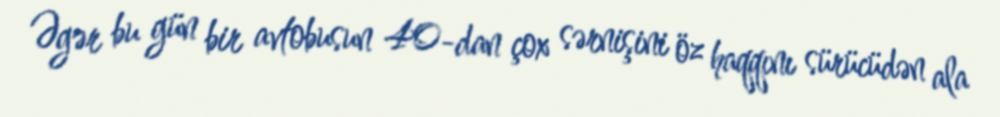
Əgər bu gün bir avtobusun 40-dan çox sərnişini öz haqqını sürücüdən ala